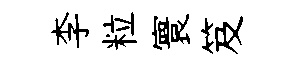
李粒寰笈